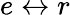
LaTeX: e\leftrightarrow r